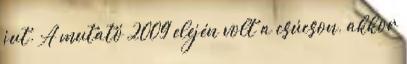
jut. A mutató 2009 elején volt a csúcson, akkor